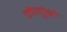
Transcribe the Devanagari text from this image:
नेगुंबो